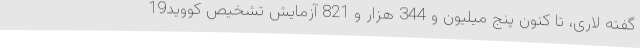
گفته لاری، تا کنون پنج میلیون و 344 هزار و 821 آزمایش تشخیص کووید19